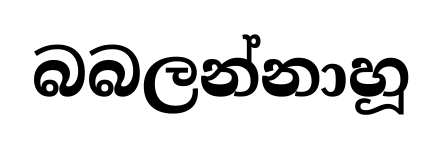
බබලන්නාහූ